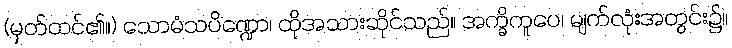
(မှတ်ထင်၏။) သောမံသပိဏ္ဍော၊ ထိုအသားဆိုင်သည်။ အက္ခိကူပေ၊ မျက်လုံးအတွင်း၌။